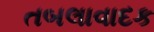
તબલાવાદક